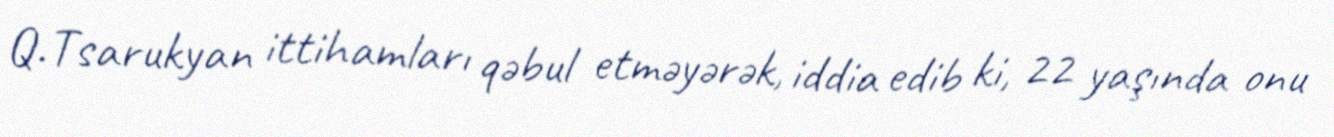
Q.Tsarukyan ittihamları qəbul etməyərək, iddia edib ki, 22 yaşında onu